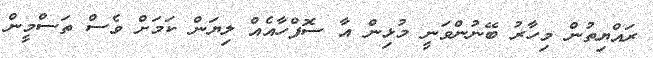
ރައްޔިތުން މިހާރު ބޭނުންވަނީ މުޅިން އާ ސޮފްހާއެއް ލިޔަން ކަމަށް ވެސް ތަސްމީން